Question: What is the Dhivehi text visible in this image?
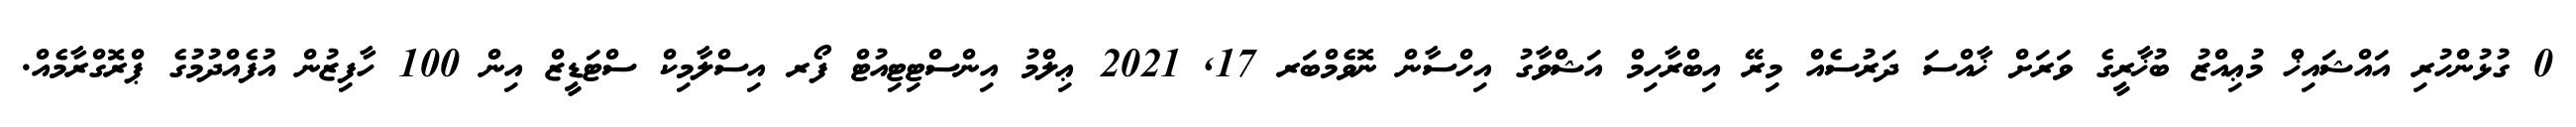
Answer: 0 ގުޅުންހުރި އައްޝައިޚް މުޢިއްޒު ބުޚާރީގެ ވަރަށް ޚާއްސަ ދަރުސެއް މިރޭ އިބްރާހިމް އަޝްވާގު އިހްސާން ނޮވެމްބަރ 17, 2021 ޢިލްމު އިންސްޓިޓިއުޓް ފޯރ އިސްލާމިކް ސްޓަޑީޒް އިން 100 ހާފިޒުން އުފެއްދުމުގެ ޕްރޮގްރާމެއް.